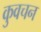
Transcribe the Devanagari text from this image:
कुवचन